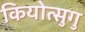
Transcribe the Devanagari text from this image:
कियोत्सुगु